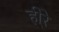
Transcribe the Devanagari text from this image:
ही्रे